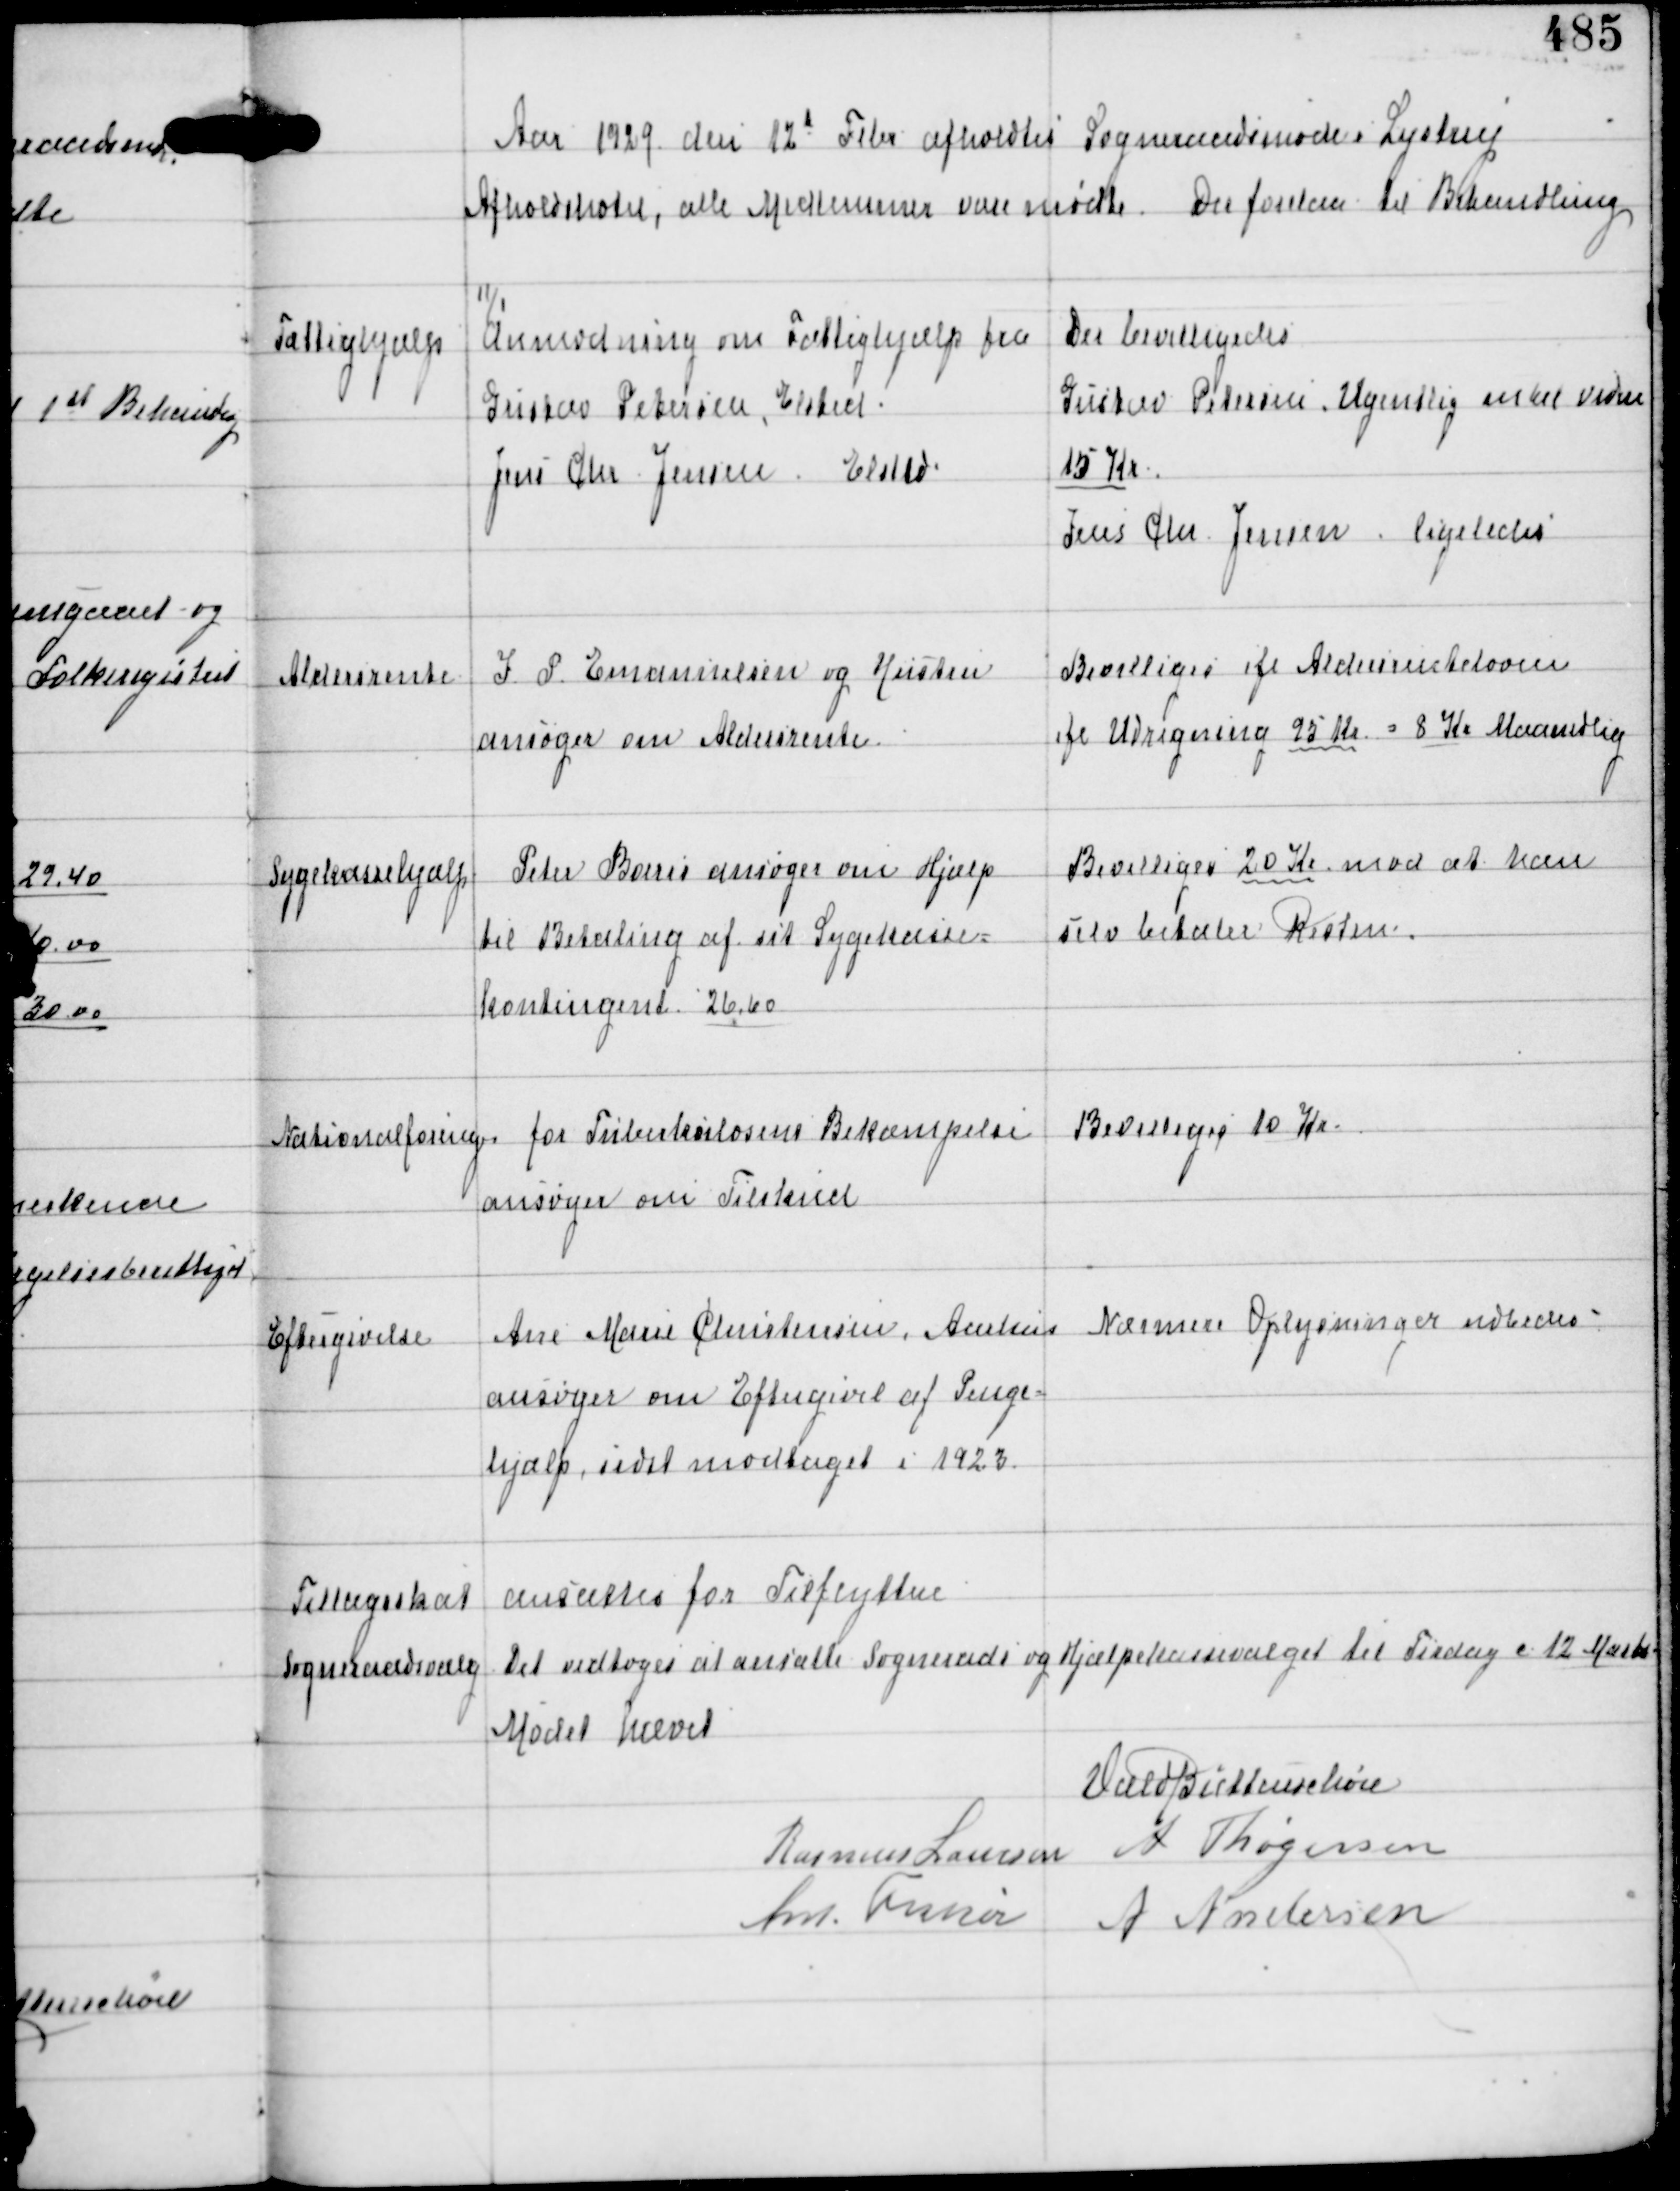
Transskription:
Aar 1929 den 12d Febr afholdtes Sogneraadsmøde i Lystrup
Afholdshotel, alle Medlemmer vare mødte. Der forelaa til Behandling

Fattighjælp

11/1
Anmodning om Fattighjælp fra
Gustav Petersen, Elsted
Jens Chr Jensen, Elsted

Der bevilligedes
Gustav Petersen Ugentlig intel videre
15 Kr
Jens Chr Jensen ligeledes

Aldersrente

I P Emanuelsen og Hustru
ansøger om Aldersrente

Bevilligedes ifl Aldersrenteloven
ifl Udregning 95 Kr = 8 Kr Maanedlig

Sygekassehjælp

Peter Borris ansøger om Hjælp
til Betaling af sit Sygekasse-
kontingent 26,60

Bevilligedes 20 Kr mod at han
selv betaler Resten.

Nationalforeningen for Tuberkulosens Bekæmpelse
ansøger om Tilskud

Bevilliges 10 Kr

Eftergivelse

Ane Marie Christensen, Aarhus
ansøger om Eftergivel af Penge-
hjælp, sidst modtaget i 1923.

Nærmere Oplysninger udbedes

Tillægsskat ansattes for Tilflyttere

Sogneraadsvalg

Det vedtoges at ansætte Sogneraads og Hjælpekassevalget til Tirsdag c 12 Marts

Mødet hævet
Vald Buttenschøn
Rasmus Laursen A Thøgersen
Ant Fisker A Andersen